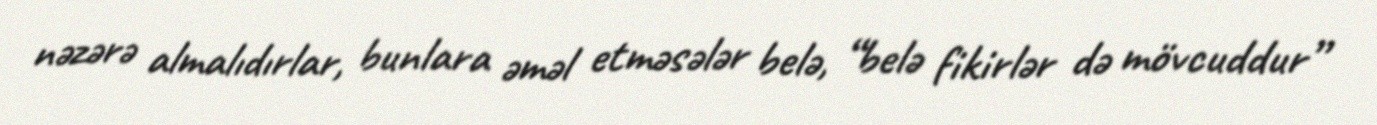
nəzərə almalıdırlar, bunlara əməl etməsələr belə, “belə fikirlər də mövcuddur”